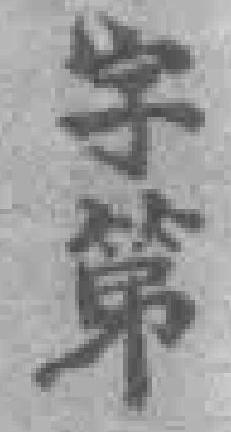
字第